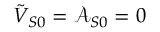
\tilde { V } _ { S 0 } = \mathcal { A } _ { S 0 } = 0